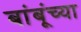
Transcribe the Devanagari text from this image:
बांबूंच्या